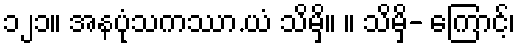
၁၂၁။ အနပုံသကဿာ.ယံ သိမှိ။ ။ သိမှိ- ကြောင့်၊